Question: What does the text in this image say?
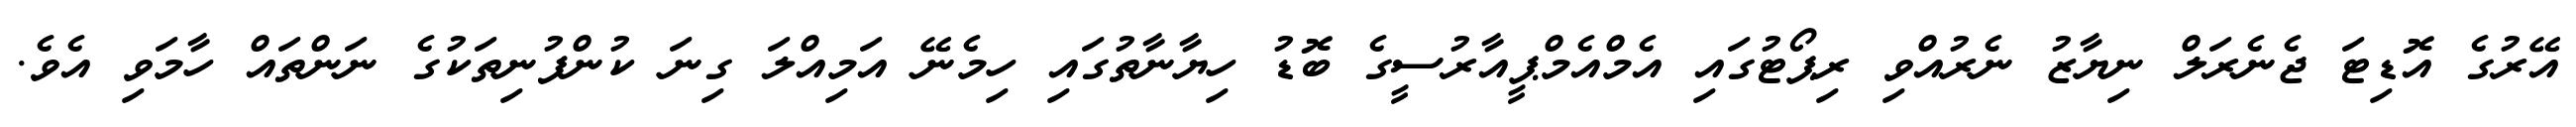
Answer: އޭރުގެ އޮޑިޓަ ޖެނެރަލް ނިޔާޒު ނެރުއްވި ރިޕޯޓުގައި އެމްއެމްޕީއާރުސީގެ ބޮޑު ހިޔާނާތުގައި ހިމެނޭ އަމިއްލަ ގިނަ ކުންފުނިތަކުގެ ނަންތައް ހާމަވި އެވެ.